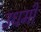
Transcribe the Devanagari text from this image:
उधमी